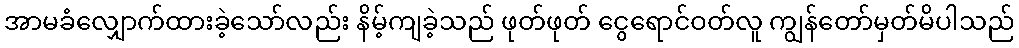
အာမခံလျှောက်ထားခဲ့သော်လည်း နိမ့်ကျခဲ့သည် ဖုတ်ဖုတ် ငွေရောင်ဝတ်လူ ကျွန်တော်မှတ်မိပါသည်